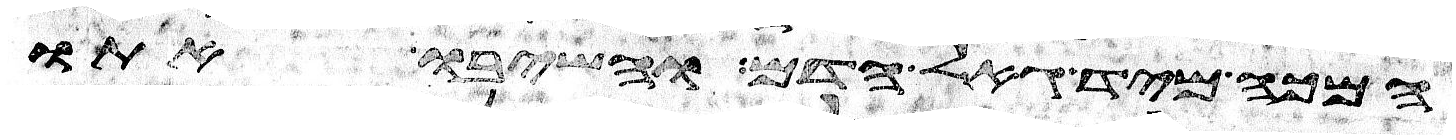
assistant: המכה מיד גאל הדם והשיבו אתו